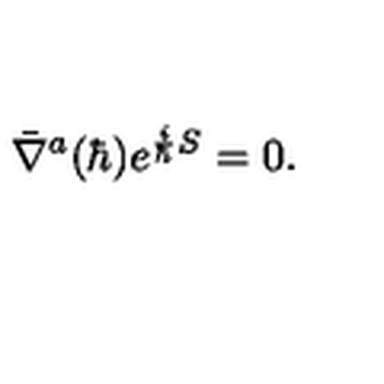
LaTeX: \bar { \nabla } ^ { a } ( \hbar ) e ^ { { \frac { i } { \hbar } } S } = 0 .